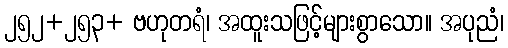
၂၅၂+၂၅၃+ ဗဟုတရံ၊ အထူးသဖြင့်များစွာသော။ အပုညံ၊